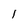
Character: I